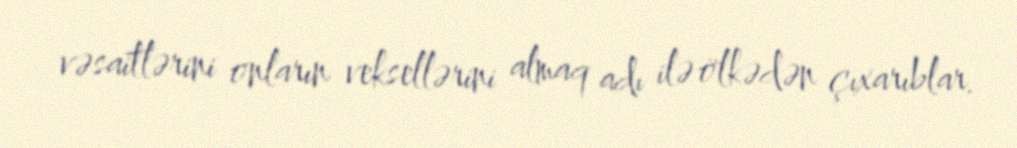
vəsaitlərini onların veksellərini almaq adı ilə ölkədən çıxarıblar.